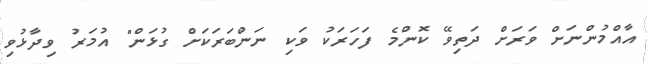
އާއްމުންނަށް ވަރަށް ދަތިވޭ ކޮންމެ ފަހަރަކު ވަކި ނަންބަރަކަށް ގުޅަން" އުމަރު ވިދާޅުވި